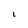
Character: L